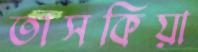
তাসকিয়া